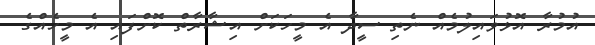
އުމުރާ އޮޅުވައިލުމެއް ނެތި ސީދާ އެ މީހަކަށް އިޝާރާތް ކޮށްފައި އެ މީހެއްގެ